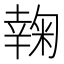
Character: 𰏮